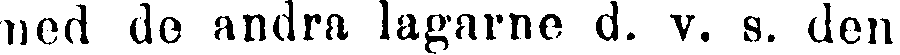
med 60 andra lagarne d. v. s. den